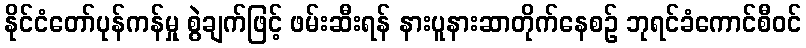
နိုင်ငံတော်ပုန်ကန်မှု စွဲချက်ဖြင့် ဖမ်းဆီးရန် နားပူနားဆာတိုက်နေစဉ် ဘုရင်ခံကောင်စီဝင်